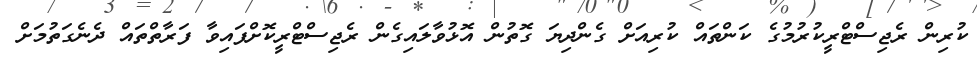
ކުރިން ރެޖިސްޓްރީކުރުމުގެ ކަންތައް ކުރިއަށް ގެންދިޔަ ގޮތުން އޮޅުވާލައިގެން ރެޖިސްޓްރީކޮށްފައިވާ ފަރާތްތައް ދެނެގަތުމަށް